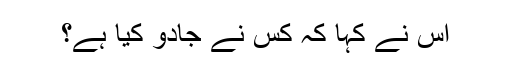
اس نے کہا کہ کس نے جادو کیا ہے؟